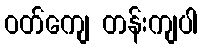
ဝတ်ကျေ တန်းကျပါ